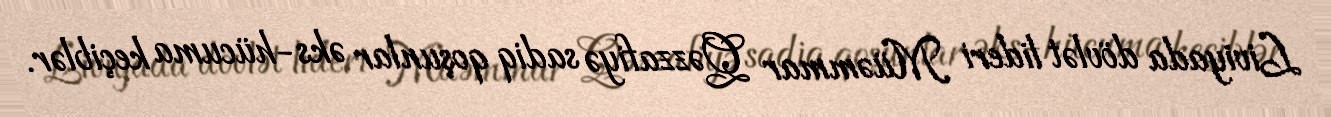
Liviyada dövlət lideri Müəmmar Qəzzafiyə sadiq qoşunlar əks-hücuma keçiblər.